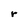
Character: r